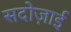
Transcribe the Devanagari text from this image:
सदोज़ाई